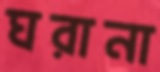
ঘরানা